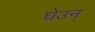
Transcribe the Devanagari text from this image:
घेउन्